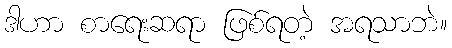
ဒါဟာ စာရေးဆရာ ဖြစ်ရတဲ့ အရသာဘဲ။